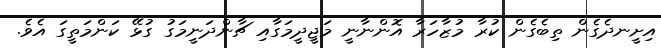
އިށީނދެގެން ތިބެގެން ކުރާ މުޒާހަރާ އޮންނާނީ މަޖީދީމަގާއި ޗާންދަނީމަގު ގުޅޭ ކަންމަތީގަ އެވެ.